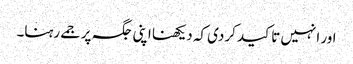
اور انہیں تاکید کردی کہ دیکھنا اپنی جگہ پر جمے رہنا۔